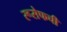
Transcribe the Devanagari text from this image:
रूसेफची